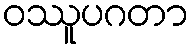
ဝဿူပဂတာ